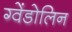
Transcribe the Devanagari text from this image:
ग्वेंडोलिन